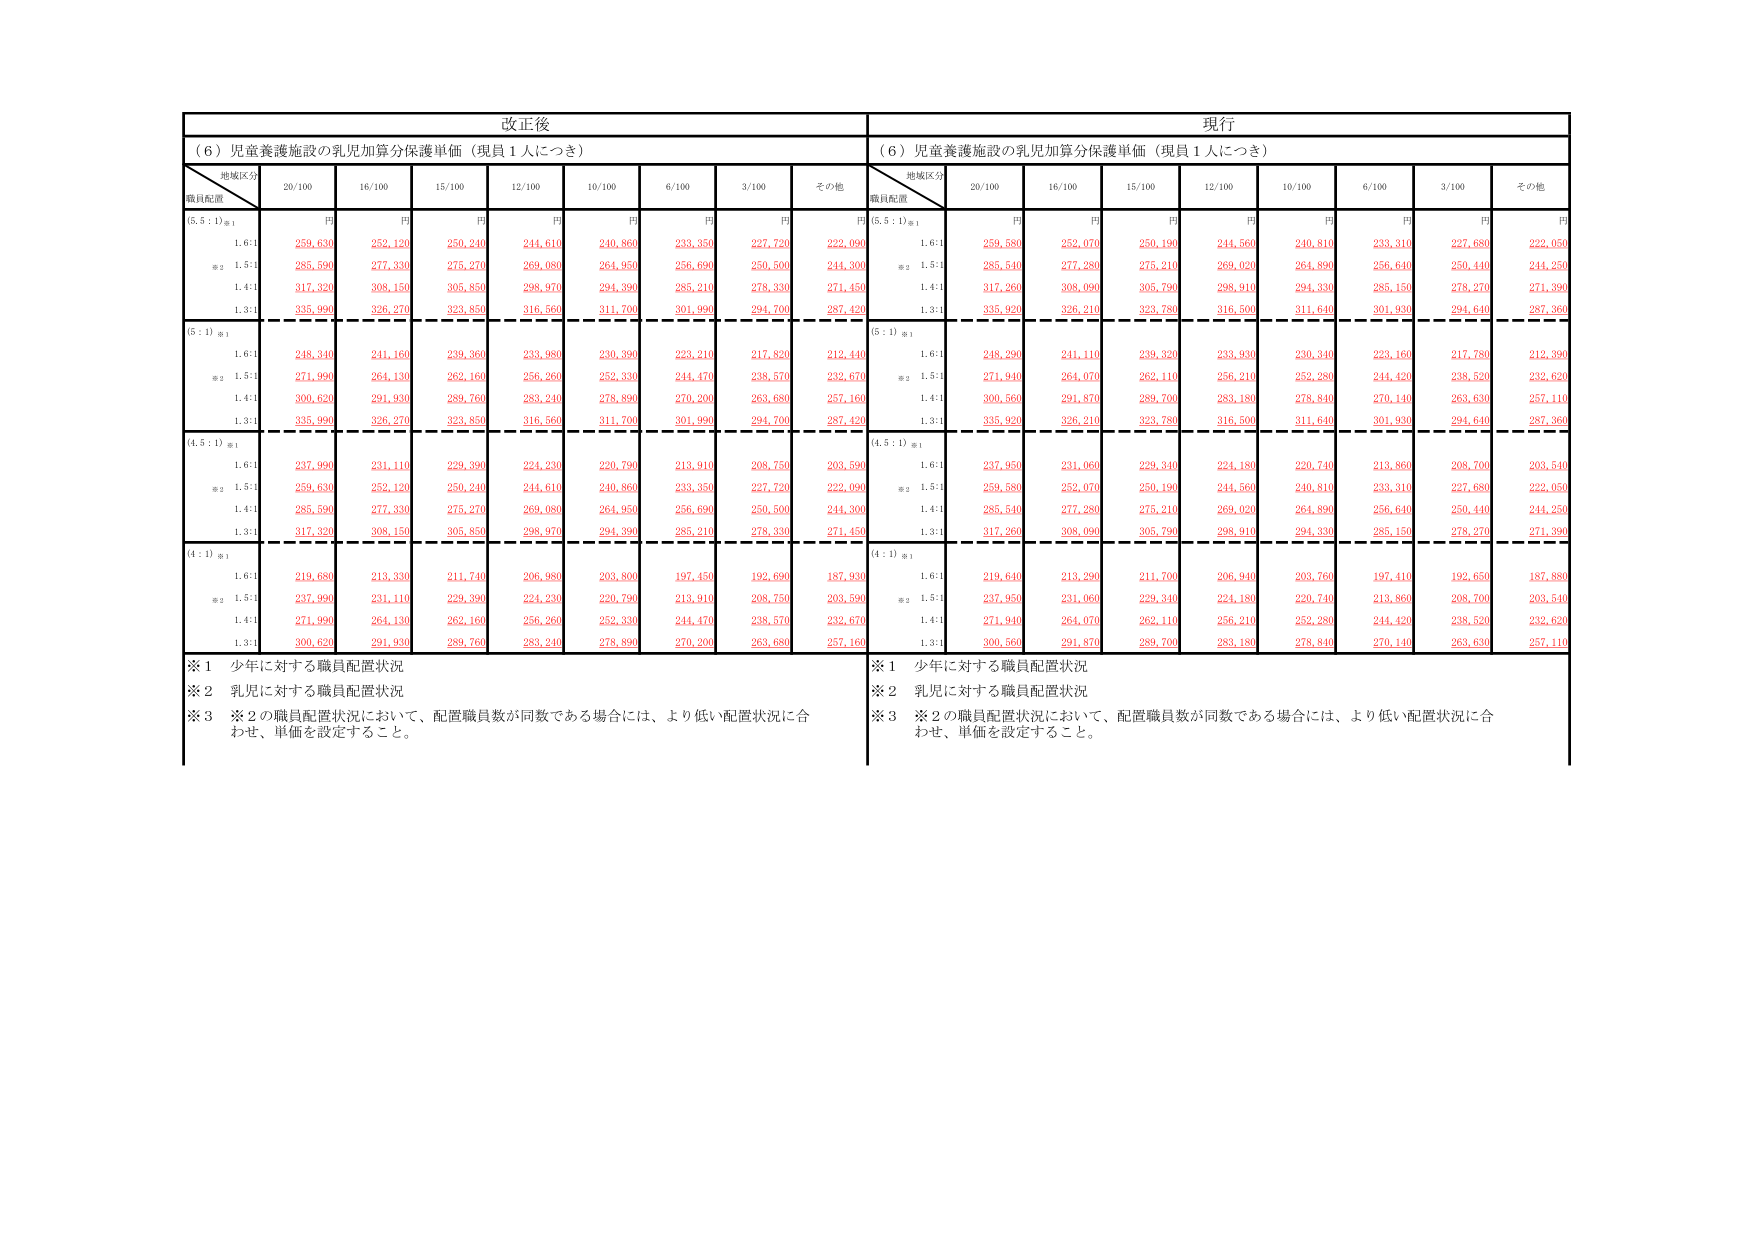
改正後
（６）児童養護施設の乳児加算分保護単価（現員１人につき）
地域区分
職員配置
20/100
16/100
15/100
12/100
10/100
6/100
3/100
その他
円
円
円
円
円
円
円
円
（5.5：1）※1
1.6:1
259,630
252,120
250,240
244,610
240,860
233,350
227,720
222,090
※2 1.5:1
285,590
277,330
275,270
269,080
264,950
256,690
250,500
244,300
1.4:1
317,320
308,150
305,850
298,970
294,390
285,210
278,330
271,450
1.3:1
335,990
326,270
323,850
316,560
311,700
301,990
294,700
287,420
（5：1）※1
1.6:1
248,340
241,160
239,360
233,980
230,390
223,210
217,820
212,440
※2 1.5:1
271,990
264,130
262,160
256,260
252,330
244,470
238,570
232,670
1.4:1
300,620
291,930
289,760
283,240
278,890
270,200
263,680
257,160
1.3:1
335,990
326,270
323,850
316,560
311,700
301,990
294,700
287,420
（4.5：1）※1
1.6:1
237,990
231,110
229,390
224,230
220,790
213,910
208,750
203,590
※2 1.5:1
259,630
252,120
250,240
244,610
240,860
233,350
227,720
222,090
1.4:1
285,590
277,330
275,270
269,080
264,950
256,690
250,500
244,300
1.3:1
317,320
308,150
305,850
298,970
294,390
285,210
278,330
271,450
（4：1）※1
1.6:1
219,680
213,330
211,740
206,980
203,800
197,450
192,690
187,930
※2 1.5:1
237,990
231,110
229,390
224,230
220,790
213,910
208,750
203,590
1.4:1
271,990
264,130
262,160
256,260
252,330
244,470
238,570
232,670
1.3:1
300,620
291,930
289,760
283,240
278,890
270,200
263,680
257,160
※1 少年に対する職員配置状況
※2 乳児に対する職員配置状況
※3 ※2の職員配置状況において、配置職員数が同数である場合には、より低い配置状況に合わせ、単価を設定すること。
現行
（６）児童養護施設の乳児加算分保護単価（現員１人につき）
地域区分
職員配置
20/100
16/100
15/100
12/100
10/100
6/100
3/100
その他
円
円
円
円
円
円
円
円
（5.5：1）※1
1.6:1
259,580
252,070
250,190
244,560
240,810
233,310
227,680
222,050
※2 1.5:1
285,540
277,280
275,210
269,020
264,890
256,640
250,440
244,250
1.4:1
317,260
308,090
305,790
298,910
294,330
285,150
278,270
271,390
1.3:1
335,920
326,210
323,780
316,500
311,640
301,930
294,640
287,360
（5：1）※1
1.6:1
248,290
241,110
239,320
233,930
230,340
223,160
217,780
212,390
※2 1.5:1
271,940
264,070
262,110
256,210
252,280
244,420
238,520
232,620
1.4:1
300,560
291,870
289,700
283,180
278,840
270,140
263,630
257,110
1.3:1
335,920
326,210
323,780
316,500
311,640
301,930
294,640
287,360
（4.5：1）※1
1.6:1
237,950
231,060
229,340
224,180
220,740
213,860
208,700
203,540
※2 1.5:1
259,580
252,070
250,190
244,560
240,810
233,310
227,680
222,050
1.4:1
285,540
277,280
275,210
269,020
264,890
256,640
250,440
244,250
1.3:1
317,260
308,090
305,790
298,910
294,330
285,150
278,270
271,390
（4：1）※1
1.6:1
219,640
213,290
211,700
206,940
203,760
197,410
192,650
187,880
※2 1.5:1
237,950
231,060
229,340
224,180
220,740
213,860
208,700
203,540
1.4:1
271,940
264,070
262,110
256,210
252,280
244,420
238,520
232,620
1.3:1
300,560
291,870
289,700
283,180
278,840
270,140
263,630
257,110
※1 少年に対する職員配置状況
※2 乳児に対する職員配置状況
※3 ※2の職員配置状況において、配置職員数が同数である場合には、より低い配置状況に合わせ、単価を設定すること。